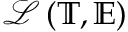
\mathcal { L } \left( \mathbb { T } , \mathbb { E } \right)